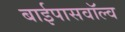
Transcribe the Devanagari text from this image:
बाईपासवॉल्व